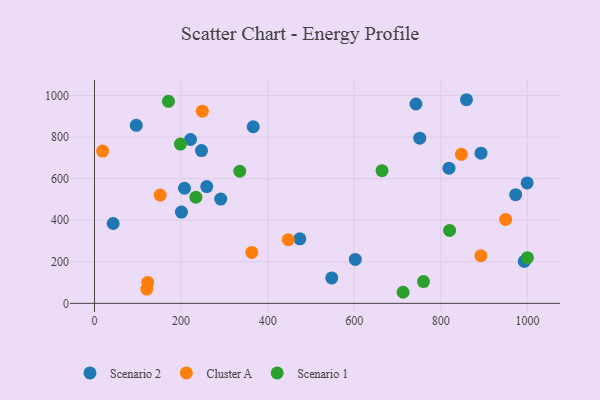
{"axis": {"x": "Ad Spend", "y": "Demand"}, "legend": ["Cluster A", "Scenario 1", "Scenario 2"], "data": [{"x": "999.3", "y": 579.4, "type": "Scenario 2"}, {"x": "221.8", "y": 788.3, "type": "Scenario 2"}, {"x": "602.4", "y": 211.5, "type": "Scenario 2"}, {"x": "366.6", "y": 849.7, "type": "Scenario 2"}, {"x": "751.3", "y": 794.7, "type": "Scenario 2"}, {"x": "247.2", "y": 734.9, "type": "Scenario 2"}, {"x": "259.3", "y": 561.6, "type": "Scenario 2"}, {"x": "96.5", "y": 856.3, "type": "Scenario 2"}, {"x": "742.5", "y": 959.1, "type": "Scenario 2"}, {"x": "859.2", "y": 979.6, "type": "Scenario 2"}, {"x": "43.1", "y": 384.2, "type": "Scenario 2"}, {"x": "892.8", "y": 722.6, "type": "Scenario 2"}, {"x": "200.8", "y": 439.0, "type": "Scenario 2"}, {"x": "972.8", "y": 522.9, "type": "Scenario 2"}, {"x": "291.7", "y": 501.7, "type": "Scenario 2"}, {"x": "474.3", "y": 310.2, "type": "Scenario 2"}, {"x": "207.9", "y": 553.8, "type": "Scenario 2"}, {"x": "548.0", "y": 122.5, "type": "Scenario 2"}, {"x": "992.8", "y": 201.8, "type": "Scenario 2"}, {"x": "818.9", "y": 650.4, "type": "Scenario 2"}, {"x": "447.5", "y": 306.2, "type": "Cluster A"}, {"x": "120.9", "y": 68.7, "type": "Cluster A"}, {"x": "847.5", "y": 716.9, "type": "Cluster A"}, {"x": "123.0", "y": 100.8, "type": "Cluster A"}, {"x": "363.3", "y": 245.0, "type": "Cluster A"}, {"x": "949.7", "y": 403.7, "type": "Cluster A"}, {"x": "18.8", "y": 732.5, "type": "Cluster A"}, {"x": "249.1", "y": 924.6, "type": "Cluster A"}, {"x": "151.7", "y": 521.1, "type": "Cluster A"}, {"x": "892.5", "y": 229.0, "type": "Cluster A"}, {"x": "664.1", "y": 638.3, "type": "Scenario 1"}, {"x": "198.5", "y": 766.1, "type": "Scenario 1"}, {"x": "999.9", "y": 219.9, "type": "Scenario 1"}, {"x": "759.9", "y": 104.8, "type": "Scenario 1"}, {"x": "335.5", "y": 635.6, "type": "Scenario 1"}, {"x": "712.8", "y": 53.3, "type": "Scenario 1"}, {"x": "234.2", "y": 510.7, "type": "Scenario 1"}, {"x": "170.9", "y": 971.7, "type": "Scenario 1"}, {"x": "820.2", "y": 350.8, "type": "Scenario 1"}]}